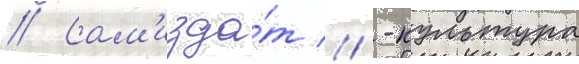
// Сам'изда́т // -культура